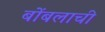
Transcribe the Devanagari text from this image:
बोंबलाची